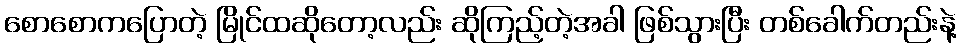
စောစောကပြောတဲ့ မြိုင်ထဆိုတော့လည်း ဆိုကြည့်တဲ့အခါ ဖြစ်သွားပြီး တစ်ခေါက်တည်းနဲ့